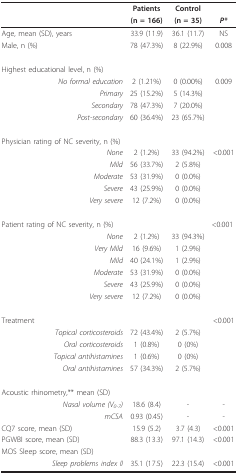
<table><thead><tr><td></td><td><b>Patients</b></td><td><b>Control</b></td><td></td></tr><tr><td></td><td><b>(n = 166)</b></td><td><b>(n = 35)</b></td><td><b><i>P*</i></b></td></tr></thead><tbody><tr><td>Age, mean (SD), years</td><td>33.9 (11.9)</td><td>36.1 (11.7)</td><td>NS</td></tr><tr><td>Male, n (%)</td><td>78 (47.3%)</td><td>8 (22.9%)</td><td>0.008</td></tr><tr><td>Highest educational level, n (%)</td><td></td><td></td><td></td></tr><tr><td><i>No formal education</i></td><td>2 (1.21%)</td><td>0 (0.00%)</td><td>0.009</td></tr><tr><td><i>Primary</i></td><td>25 (15.2%)</td><td>5 (14.3%)</td><td></td></tr><tr><td><i>Secondary</i></td><td>78 (47.3%)</td><td>7 (20.0%)</td><td></td></tr><tr><td><i>Post-secondary</i></td><td>60 (36.4%)</td><td>23 (65.7%)</td><td></td></tr><tr><td>Physician rating of NC severity, n (%)</td><td></td><td></td><td></td></tr><tr><td><i>None</i></td><td>2 (1.2%)</td><td>33 (94.2%)</td><td>&lt;0.001</td></tr><tr><td><i>Mild</i></td><td>56 (33.7%)</td><td>2 (5.8%)</td><td></td></tr><tr><td><i>Moderate</i></td><td>53 (31.9%)</td><td>0 (0.0%)</td><td></td></tr><tr><td><i>Severe</i></td><td>43 (25.9%)</td><td>0 (0.0%)</td><td></td></tr><tr><td><i>Very severe</i></td><td>12 (7.2%)</td><td>0 (0.0%)</td><td></td></tr><tr><td>Patient rating of NC severity, n (%)</td><td></td><td></td><td>&lt;0.001</td></tr><tr><td><i>None</i></td><td>2 (1.2%)</td><td>33 (94.3%)</td><td></td></tr><tr><td><i>Very Mild</i></td><td>16 (9.6%)</td><td>1 (2.9%)</td><td></td></tr><tr><td><i>Mild</i></td><td>40 (24.1%)</td><td>1 (2.9%)</td><td></td></tr><tr><td><i>Moderate</i></td><td>53 (31.9%)</td><td>0 (0.0%)</td><td></td></tr><tr><td><i>Severe</i></td><td>43 (25.9%)</td><td>0 (0.0%)</td><td></td></tr><tr><td><i>Very severe</i></td><td>12 (7.2%)</td><td>0 (0.0%)</td><td></td></tr><tr><td>Treatment</td><td></td><td></td><td>&lt;0.001</td></tr><tr><td><i>Topical corticosteroids</i></td><td>72 (43.4%)</td><td>2 (5.7%)</td><td></td></tr><tr><td><i>Oral corticosteroids</i></td><td>1 (0.8%)</td><td>0 (0%)</td><td></td></tr><tr><td><i>Topical antihistamines</i></td><td>1 (0.6%)</td><td>0 (0%)</td><td></td></tr><tr><td><i>Oral antihistamines</i></td><td>57 (34.3%)</td><td>2 (5.7%)</td><td></td></tr><tr><td>Acoustic rhinometry,** mean (SD)</td><td></td><td></td><td></td></tr><tr><td><i>Nasal volume (V</i><sub><i>0-7</i></sub><i>)</i></td><td>18.6 (8.4)</td><td>-</td><td>-</td></tr><tr><td><i>mCSA</i></td><td>0.93 (0.45)</td><td>-</td><td>-</td></tr><tr><td>CQ7 score, mean (SD)</td><td>15.9 (5.2)</td><td>3.7 (4.3)</td><td>&lt;0.001</td></tr><tr><td>PGWBI score, mean (SD)</td><td>88.3 (13.3)</td><td>97.1 (14.3)</td><td>&lt;0.001</td></tr><tr><td>MOS Sleep score, mean (SD)</td><td></td><td></td><td></td></tr><tr><td><i>Sleep problems index II</i></td><td>35.1 (17.5)</td><td>22.3 (15.4)</td><td>&lt;0.001</td></tr></tbody></table>